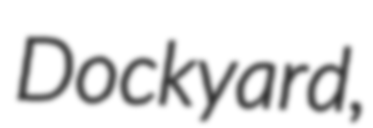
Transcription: Dockyard,